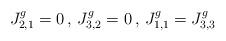
LaTeX: \begin{align*}J^g_{2,1}=0 \, , \, J^g_{3,2}=0 \, , \, J^g_{1,1}=J^g_{3,3}\end{align*}